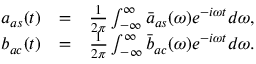
\begin{array} { r l r } { a _ { a s } ( t ) } & { = } & { \frac { 1 } { 2 \pi } \int _ { - \infty } ^ { \infty } \bar { a } _ { a s } ( \omega ) e ^ { - i \omega t } d \omega , } \\ { b _ { a c } ( t ) } & { = } & { \frac { 1 } { 2 \pi } \int _ { - \infty } ^ { \infty } \bar { b } _ { a c } ( \omega ) e ^ { - i \omega t } d \omega . } \end{array}